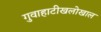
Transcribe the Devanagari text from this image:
गुवाहाटीखलोखाल